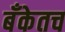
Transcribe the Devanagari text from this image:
बँकेतच